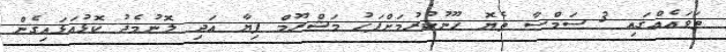
ތަވައެއްގައި 3 ސަމްސާ ތެޔޮ ހޫނުކުރުމަށްފަހު މަޝްރޫމް ފިޔާ އަދި ލޮނުމެދު ކޮޅުއަޅައިގެން